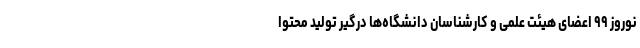
نوروز ۹۹ اعضای هیئت علمی و کارشناسان دانشگاه‌ها درگیر تولید محتوا